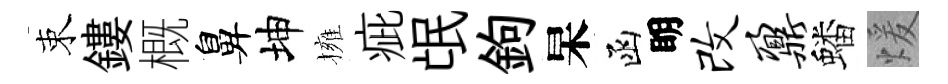
束鏤概鼻坤擁疵氓鉤杲函眀改鼐蟠煖